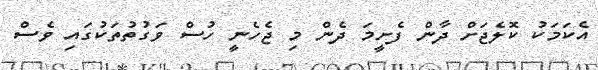
އެކަމަކު ކޮލެޖަށް ދާން ފެށީމަ ދެން މި ޖެހެނީ ހުސް ވަގުތުތަކުގައި ވެސް